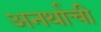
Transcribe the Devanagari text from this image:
अनर्थाची